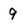
Character: 9